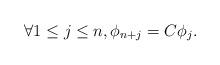
LaTeX: \begin{align*} \forall 1 \le j \le n, \phi_{n+j} = C \phi_j. \end{align*}